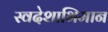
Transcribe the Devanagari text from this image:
स्वदेशाभिमान